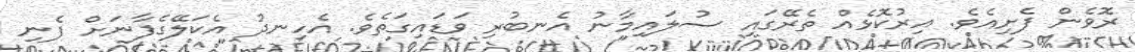
ރޮވެން ފެށިއެވެ. އިރުކޮޅެއް ތެރޭގައި ސުލައިމާނު އެނބުރި ވަޑައިގަތެވެ. އެހިނދު އެކަލޭގެފާނަށް ފެނި